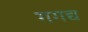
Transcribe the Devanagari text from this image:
गगद्य